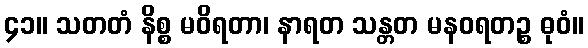
၄၁။ သတတံ နိစ္စ မဝိရတာ၊ နာရတ သန္တတ မနဝရတဉ္စ ဓုဝံ။